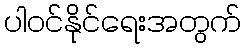
ပါဝင်နိုင်ရေးအတွက်